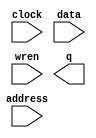
// megafunction wizard: %RAM: 1-PORT%VBB%
// GENERATION: STANDARD
// VERSION: WM1.0
// MODULE: altsyncram 

// ============================================================
// Megafunction Name(s):
// 			altsyncram
//
// Simulation Library Files(s):
// 			altera_mf
// ============================================================
// ************************************************************
// THIS IS A WIZARD-GENERATED FILE. DO NOT EDIT THIS FILE!
//
// 15.0.0 Build 145 04/22/2015 SJ Web Edition
// ************************************************************

//Copyright (C) 1991-2015 Altera Corporation. All rights reserved.
//Your use of Altera Corporation's design tools, logic functions 
//and other software and tools, and its AMPP partner logic 
//functions, and any output files from any of the foregoing 
//(including device programming or simulation files), and any 
//associated documentation or information are expressly subject 
//to the terms and conditions of the Altera Program License 
//Subscription Agreement, the Altera Quartus II License Agreement,
//the Altera MegaCore Function License Agreement, or other 
//applicable license agreement, including, without limitation, 
//that your use is for the sole purpose of programming logic 
//devices manufactured by Altera and sold by Altera or its 
//authorized distributors.  Please refer to the applicable 
//agreement for further details.

module sp_sram_16k36 (
	address,
	clock,
	data,
	wren,
	q);

	input	[12:0]  address;
	input	  clock;
	input	[35:0]  data;
	input	  wren;
	output	[35:0]  q;
`ifndef ALTERA_RESERVED_QIS
// synopsys translate_off
`endif
	tri1	  clock;
`ifndef ALTERA_RESERVED_QIS
// synopsys translate_on
`endif

endmodule

// ============================================================
// CNX file retrieval info
// ============================================================
// Retrieval info: PRIVATE: ADDRESSSTALL_A NUMERIC "0"
// Retrieval info: PRIVATE: AclrAddr NUMERIC "0"
// Retrieval info: PRIVATE: AclrByte NUMERIC "0"
// Retrieval info: PRIVATE: AclrData NUMERIC "0"
// Retrieval info: PRIVATE: AclrOutput NUMERIC "0"
// Retrieval info: PRIVATE: BYTE_ENABLE NUMERIC "0"
// Retrieval info: PRIVATE: BYTE_SIZE NUMERIC "9"
// Retrieval info: PRIVATE: BlankMemory NUMERIC "1"
// Retrieval info: PRIVATE: CLOCK_ENABLE_INPUT_A NUMERIC "0"
// Retrieval info: PRIVATE: CLOCK_ENABLE_OUTPUT_A NUMERIC "0"
// Retrieval info: PRIVATE: Clken NUMERIC "0"
// Retrieval info: PRIVATE: DataBusSeparated NUMERIC "1"
// Retrieval info: PRIVATE: IMPLEMENT_IN_LES NUMERIC "0"
// Retrieval info: PRIVATE: INIT_FILE_LAYOUT STRING "PORT_A"
// Retrieval info: PRIVATE: INIT_TO_SIM_X NUMERIC "0"
// Retrieval info: PRIVATE: INTENDED_DEVICE_FAMILY STRING "Cyclone V"
// Retrieval info: PRIVATE: JTAG_ENABLED NUMERIC "0"
// Retrieval info: PRIVATE: JTAG_ID STRING "NONE"
// Retrieval info: PRIVATE: MAXIMUM_DEPTH NUMERIC "0"
// Retrieval info: PRIVATE: MIFfilename STRING ""
// Retrieval info: PRIVATE: NUMWORDS_A NUMERIC "8192"
// Retrieval info: PRIVATE: RAM_BLOCK_TYPE NUMERIC "0"
// Retrieval info: PRIVATE: READ_DURING_WRITE_MODE_PORT_A NUMERIC "3"
// Retrieval info: PRIVATE: RegAddr NUMERIC "1"
// Retrieval info: PRIVATE: RegData NUMERIC "1"
// Retrieval info: PRIVATE: RegOutput NUMERIC "0"
// Retrieval info: PRIVATE: SYNTH_WRAPPER_GEN_POSTFIX STRING "0"
// Retrieval info: PRIVATE: SingleClock NUMERIC "1"
// Retrieval info: PRIVATE: UseDQRAM NUMERIC "1"
// Retrieval info: PRIVATE: WRCONTROL_ACLR_A NUMERIC "0"
// Retrieval info: PRIVATE: WidthAddr NUMERIC "13"
// Retrieval info: PRIVATE: WidthData NUMERIC "36"
// Retrieval info: PRIVATE: rden NUMERIC "0"
// Retrieval info: LIBRARY: altera_mf altera_mf.altera_mf_components.all
// Retrieval info: CONSTANT: CLOCK_ENABLE_INPUT_A STRING "BYPASS"
// Retrieval info: CONSTANT: CLOCK_ENABLE_OUTPUT_A STRING "BYPASS"
// Retrieval info: CONSTANT: INTENDED_DEVICE_FAMILY STRING "Cyclone V"
// Retrieval info: CONSTANT: LPM_HINT STRING "ENABLE_RUNTIME_MOD=NO"
// Retrieval info: CONSTANT: LPM_TYPE STRING "altsyncram"
// Retrieval info: CONSTANT: NUMWORDS_A NUMERIC "8192"
// Retrieval info: CONSTANT: OPERATION_MODE STRING "SINGLE_PORT"
// Retrieval info: CONSTANT: OUTDATA_ACLR_A STRING "NONE"
// Retrieval info: CONSTANT: OUTDATA_REG_A STRING "UNREGISTERED"
// Retrieval info: CONSTANT: POWER_UP_UNINITIALIZED STRING "FALSE"
// Retrieval info: CONSTANT: READ_DURING_WRITE_MODE_PORT_A STRING "NEW_DATA_NO_NBE_READ"
// Retrieval info: CONSTANT: WIDTHAD_A NUMERIC "13"
// Retrieval info: CONSTANT: WIDTH_A NUMERIC "36"
// Retrieval info: CONSTANT: WIDTH_BYTEENA_A NUMERIC "1"
// Retrieval info: USED_PORT: address 0 0 13 0 INPUT NODEFVAL "address[12..0]"
// Retrieval info: USED_PORT: clock 0 0 0 0 INPUT VCC "clock"
// Retrieval info: USED_PORT: data 0 0 36 0 INPUT NODEFVAL "data[35..0]"
// Retrieval info: USED_PORT: q 0 0 36 0 OUTPUT NODEFVAL "q[35..0]"
// Retrieval info: USED_PORT: wren 0 0 0 0 INPUT NODEFVAL "wren"
// Retrieval info: CONNECT: @address_a 0 0 13 0 address 0 0 13 0
// Retrieval info: CONNECT: @clock0 0 0 0 0 clock 0 0 0 0
// Retrieval info: CONNECT: @data_a 0 0 36 0 data 0 0 36 0
// Retrieval info: CONNECT: @wren_a 0 0 0 0 wren 0 0 0 0
// Retrieval info: CONNECT: q 0 0 36 0 @q_a 0 0 36 0
// Retrieval info: GEN_FILE: TYPE_NORMAL sp_sram_16k36.v TRUE
// Retrieval info: GEN_FILE: TYPE_NORMAL sp_sram_16k36.inc TRUE
// Retrieval info: GEN_FILE: TYPE_NORMAL sp_sram_16k36.cmp TRUE
// Retrieval info: GEN_FILE: TYPE_NORMAL sp_sram_16k36.bsf TRUE
// Retrieval info: GEN_FILE: TYPE_NORMAL sp_sram_16k36_inst.v TRUE
// Retrieval info: GEN_FILE: TYPE_NORMAL sp_sram_16k36_bb.v TRUE
// Retrieval info: LIB_FILE: altera_mf